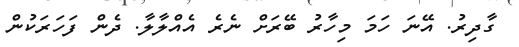
ގާދިރު. އޭނަ ހަމަ މިހާރު ބޭރަށް ނެރެ އެއްލާލާ. ދެން ފަހަރަކުން